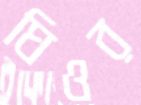
ঘিওর